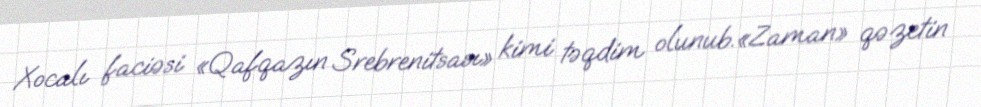
Xocalı faciəsi «Qafqazın Srebrenitsası» kimi təqdim olunub.«Zaman» qəzetin